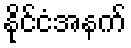
နိုင်ငံအနက်